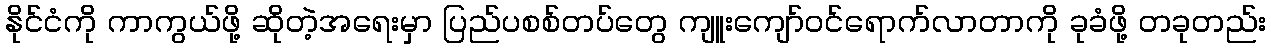
နိုင်ငံကို ကာကွယ်ဖို့ ဆိုတဲ့အရေးမှာ ပြည်ပစစ်တပ်တွေ ကျူးကျော်ဝင်ရောက်လာတာကို ခုခံဖို့ တခုတည်း